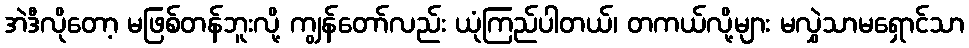
အဲဒီလိုတော့ မဖြစ်တန်ဘူးလို့ ကျွန်တော်လည်း ယုံကြည်ပါတယ်၊ တကယ်လို့များ မလွှဲသာမရှောင်သာ